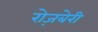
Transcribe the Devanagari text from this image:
रोज़बेरी